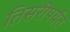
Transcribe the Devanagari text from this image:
तिसरीपर्यंत